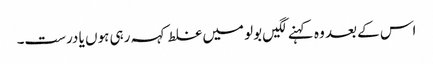
اس کے بعد وہ کہنے لگیں بولو میں غلط کہہ رہی ہوں یا درست۔